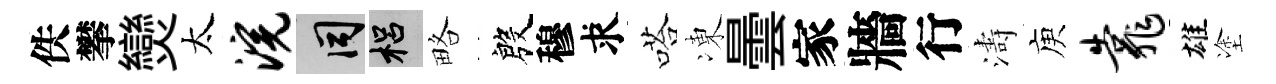
佚攀𤓖太浣间梠略殷穆求嗒凍曇家牆行濤庾靠雄塗